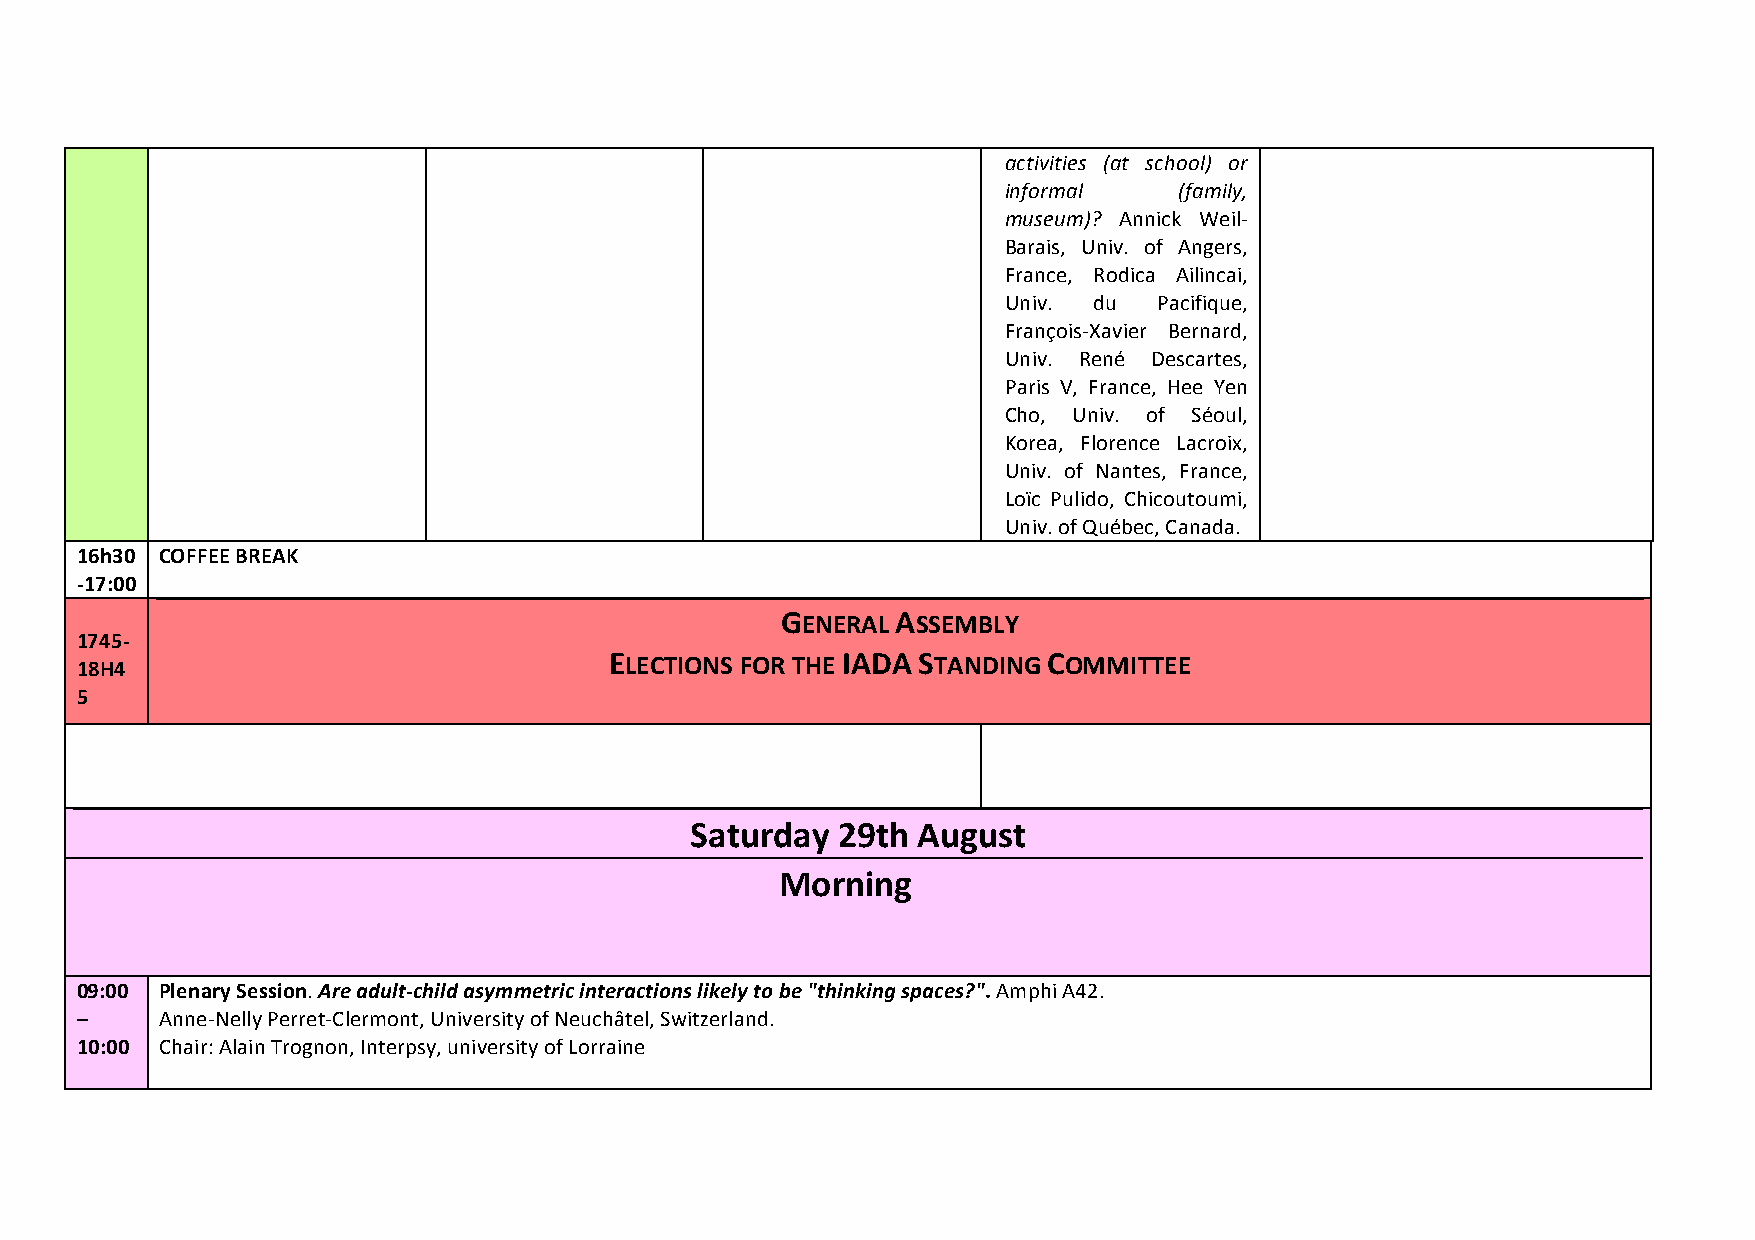
!                                                      activities* (at* school)* or*
 informal*   (family,*
 museum)?! Annick! Weil9
 Barais,! Univ.! of! Angers,!
 France,! Rodica! Ailincai,!
 Univ.! du! Pacifique,!
 François9Xavier! Bernard,!
 Univ.! René! Descartes,!
 Paris!V,!France,!Hee!Yen!
 Cho,! Univ.! of! Séoul,!
 Korea,! Florence! Lacroix,!
 Univ.! of! Nantes,! France,!
 Loïc!Pulido,!Chicoutoumi,!
 Univ.!of!Québec,!Canada.!
 16h30 COFFEE!BREAK!
 617:00! !
 !                                              GENERAL!ASSEMBLY!
 17456
 18H4
 ELECTIONS!FOR!THE!IADA!STANDING!COMMITTEE!
 5!                                                     !
 !                                                            !
 Saturday!29th!August!!
 Morning!
 09:00! Plenary!Session.!Are$adultCchild$asymmetric$interactions$likely$to$be$"thinking$spaces?".!Amphi!A42.!
 –!    Anne9Nelly!Perret9Clermont,!University!of!Neuchâtel,!Switzerland.!
 10:00! Chair:!Alain!Trognon,!Interpsy,!university!of!Lorraine!
 !